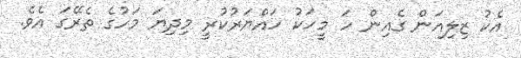
އެކު ޒިލިއަން ގެއިން ހަ މީހަކު ހައްޔަރުކުރީ މިދިޔަ މަހުގެ ތެރޭގަ އެވެ.